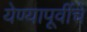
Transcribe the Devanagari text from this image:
येण्यापूर्वीचे